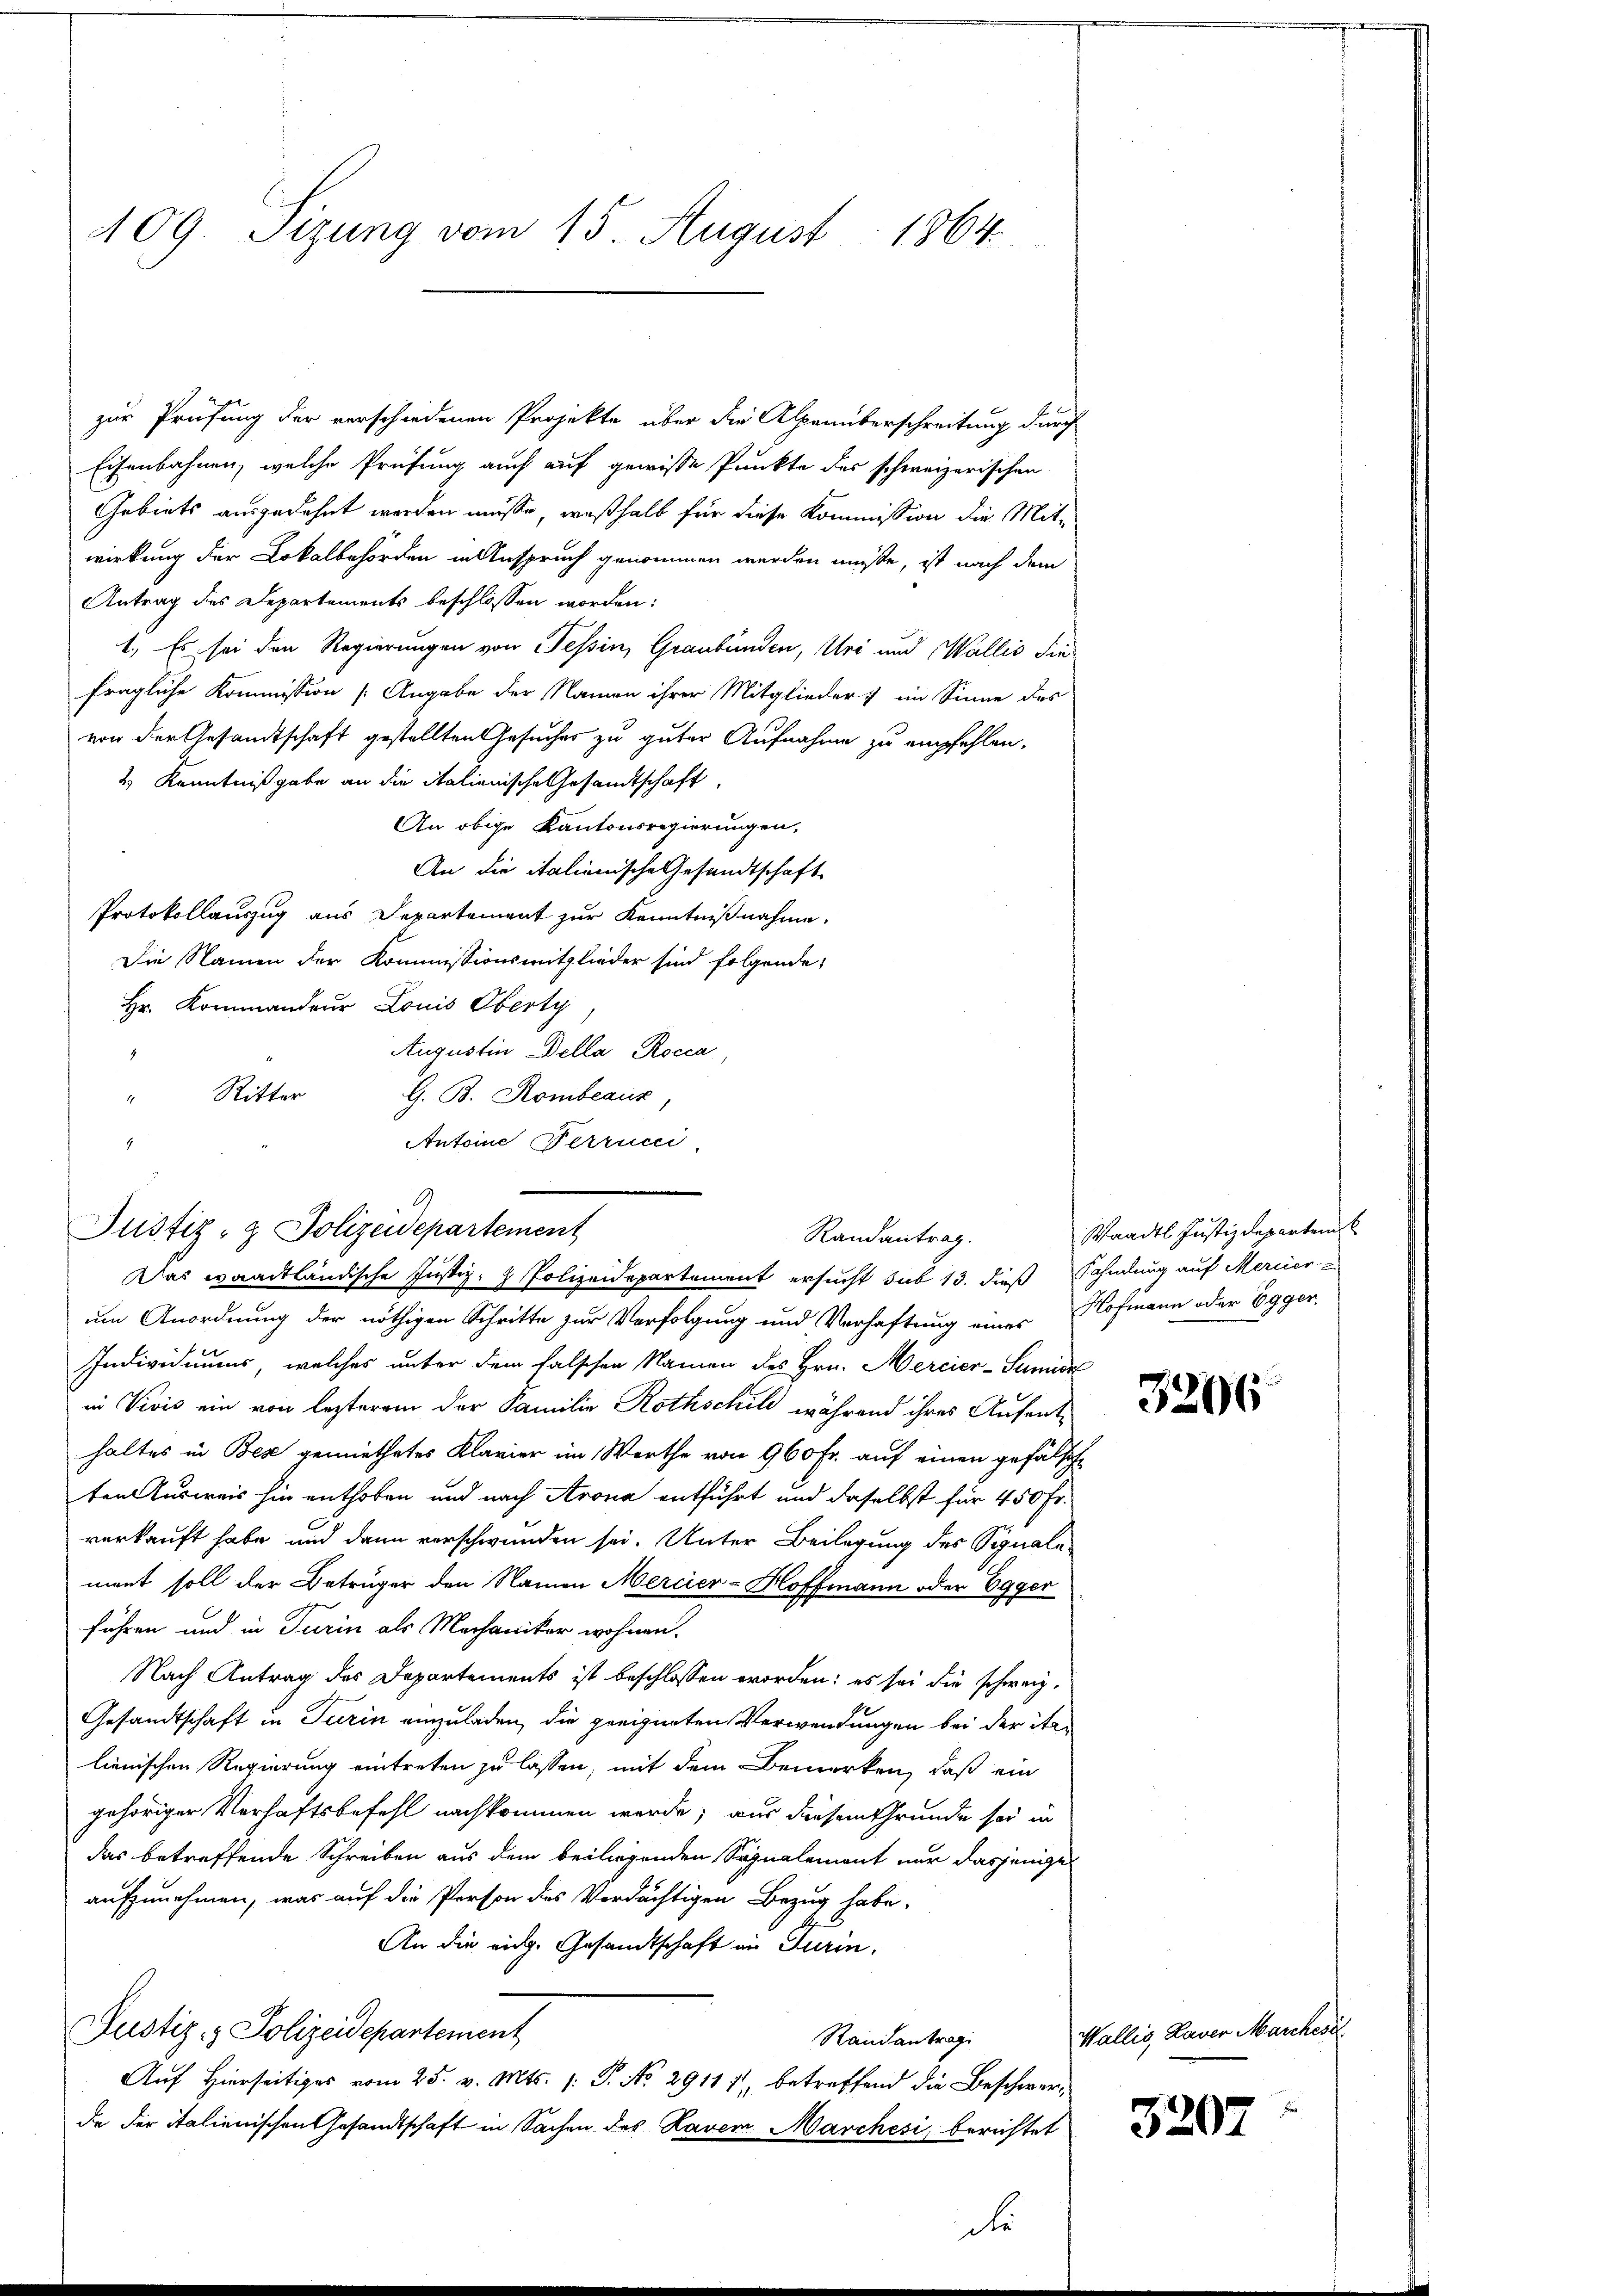
109. Sitzung vom 15. August 1864.

zur Prüfung der verschiedenen Projekte über die Alpenüberschreitung durch
Eisenbahnen, welche Prüfung auch auf gewisse Punkte des schweizerischen
Gebiets ausgedehnt werden müsse, weßhalb für diese Kommission die Mit-
wirkung der Lokalbehörden in Anspruch genommen werden müßte, ist nach dem
Antrag des Departements beschlossen worden:
1., Es sei den Regierungen von Tessin, Graubünden, Uri und Wallis die
fragliche Kommission Angabe der Namen ihrer Mitglieder im Sinne des
von der Gesandtschaft gestellten Gesucher zu guter Aufnahme zu empfehlen.
2) Kenntnißgabe an die italienische Gesandtschaft,
An obige Kantonsregierungen,
An die italienische Gesandtschaft
Protokollauszug aus Departement zur Kenntnißnahme,
Die Namen der Kommissionsmitglieder sind folgende
Hr. Kommandeur Louis Oberty
Augustin Della Rocca
4
Ritter G. B. Rombeaux,
17
Antoine Ferrun
.
Justiz- & Polizeidepartement
um Anordnung der nöthigen Schritte zur Verfolgung und Verhaftung eines Hofmann oder Egger,
Individuums, welches unter dem falschen Namen des Hrn. Mercier-Sumise
in Vivis ein von lezterem der Familie Rothschild während ihres Aufenthaltes in Bese gemiethetes Klavier im Werthe von 960 Fr. auf einen gefälsche
ten Ausweis hin enthoben und nach Arona entführt und daselbst für 450 Fr.
verkauft habe und dann verschwunden sei. Unter Beilagung des Signale
ment soll der Betrüger den Namen Mercier-Hoffmann oder Egger
führen und in Turin als Mechaniker wohnen.
Nach Antrag des Departements ist beschlossen worden: es sei die schweiz.
Gesandtschaft in Turin einzuladen, die geeigneten Verwendungen bei der italienischen Regierung eintreten zu lassen, mit dem Bemerken, daß ein
gehöriger Verhaftsbefehl nachkommen werde; aus diesem Grunde sei in
das betreffende Schreiben aus dem beiliegenden Signalement nur dasjenige
aufzunehmen, was auf die Person des Verdächtigen Bezug habe,
An die eidg. Gesandtschaft in Turin,
Justiz & Polizeidepartement
Randantrag
Auf Hierseitiges vom 25. v. Mts. 1. P. No 29117, betreffend die Beschwerde der italienischen Gesandtschaft in Sachen des Raven Marchesi, berichtet

.
Randantrag.
Das waadtländische Justiz- & Polizeidepartement ersucht sub 13. dieß Sahndung auf Mercier

Waadt Justizdepartem

3206

Wallis, Kaver Masches

3207